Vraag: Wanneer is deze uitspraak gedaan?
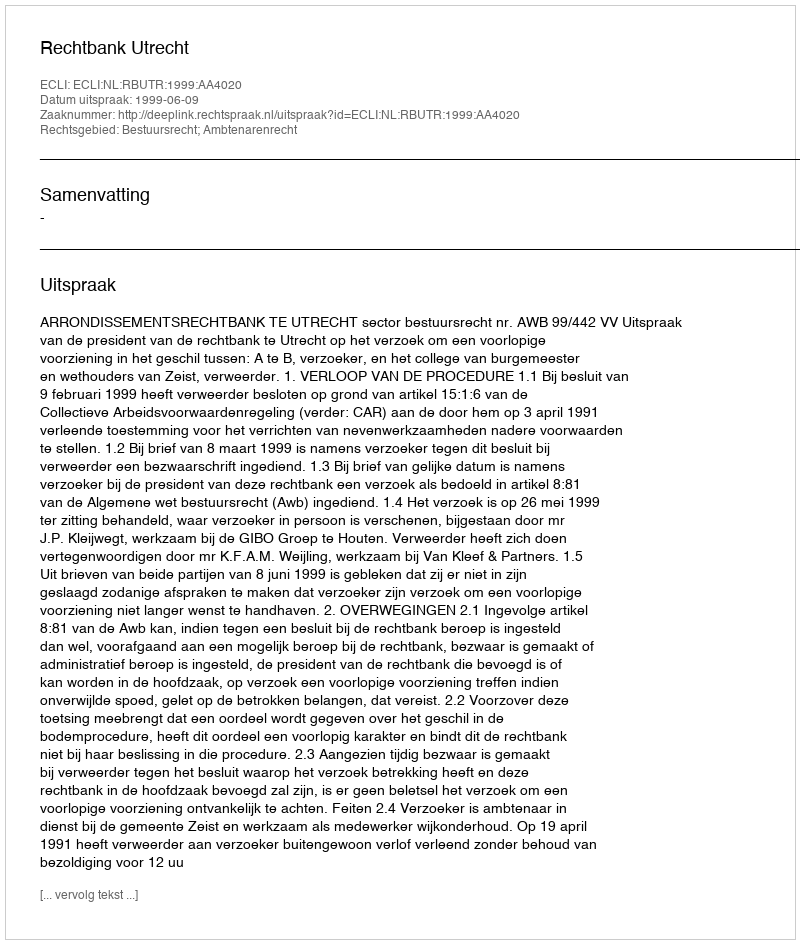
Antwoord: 1999-06-09